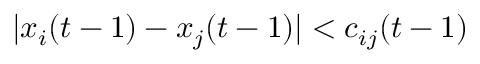
| x _ { i } ( t - 1 ) - x _ { j } ( t - 1 ) | < c _ { i j } ( t - 1 )